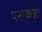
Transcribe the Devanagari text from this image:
पराकष्ठा